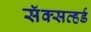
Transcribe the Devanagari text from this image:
सॅक्सव्हर्ड